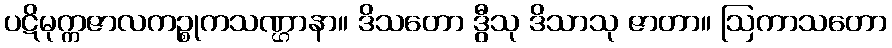
ပဋိမုက္ကဇာလကဉ္စုကသဏ္ဌာနာ။ ဒိသတော ဒွီသု ဒိသာသု ဇာတာ။ ဩကာသတော